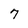
Character: 7